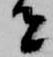
者